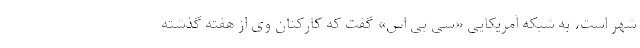
شهر است، به شبکه آمریکایی «سی بی اس» گفت که کارکنان وی از هفته گذشته